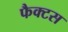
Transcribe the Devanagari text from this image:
फैक्टस